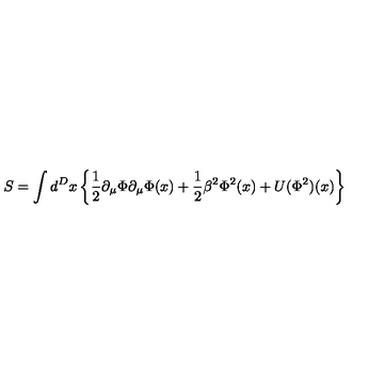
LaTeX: S = \int d ^ { D } x \left\{ \frac { 1 } { 2 } \partial _ { \mu } \Phi \partial _ { \mu } \Phi ( x ) + \frac { 1 } { 2 } \beta ^ { 2 } \Phi ^ { 2 } ( x ) + U ( \Phi ^ { 2 } ) ( x ) \right\}